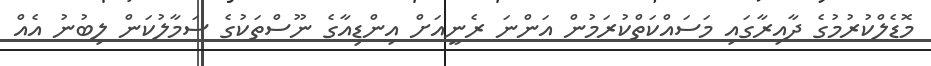
މޮޑެލްކުރުމުގެ ދާއިރާގައި މަސައްކަތްކުރަމުން އަންނަ ރެނީއަށް އިންޑިއާގެ ނޫސްތަކުގެ ސަމާލުކަން ލިބުނު އެއް